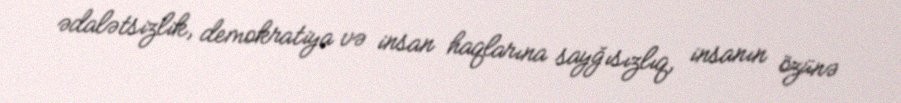
ədalətsizlik, demokratiya və insan haqlarına sayğısızlıq, insanın özünə